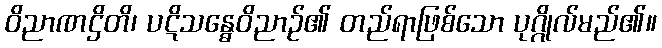
ဝိညာဏဌိတိ၊ ပဋိသန္ဓေဝိညာဉ်၏ တည်ရာဖြစ်သော ပုဂ္ဂိုလ်မည်၏။